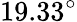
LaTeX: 19.33^{\circ}